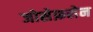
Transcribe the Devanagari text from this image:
जोसेफ़सेन